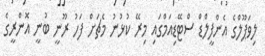
ލިވަޕޫލްގެ އެންފީލްޑް ސްޓޭޑިއަމްގައި މިރޭ ކުޅުނު މެޗަށް ފަހު ރޫނީ ބުނީ އޮންރީގެ